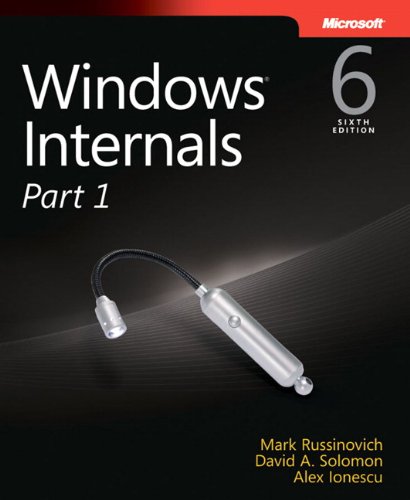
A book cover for Windows Internals, Part 1 (6th Edition) (Developer Reference); Mark E. Russinovich; Computers & Technology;